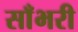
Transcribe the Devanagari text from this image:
साँभरी